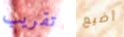
تقريب أضيع